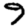
Digit: 9